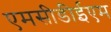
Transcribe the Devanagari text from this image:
एमसीडीईएम